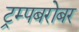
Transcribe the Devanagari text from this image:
ट्रम्पबरोबर